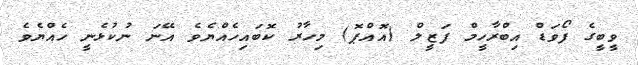
ވީބީގެ ފޯވަޑް އިބްރާހީމް ފަޒީލް (އޮއްޕޮ) މިހާރު ކޮބައިހެއްޔެވެ އޭނަ ނުކުޅެނީ ހެއްޔެވެ